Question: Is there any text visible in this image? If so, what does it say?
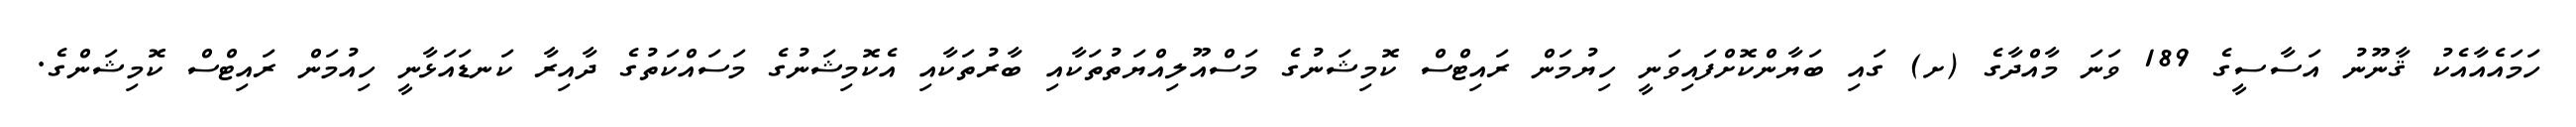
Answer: ހަމައެއާއެކު ޤާނޫނު އަސާސީގެ 189 ވަނަ މާއްދާގެ (ށ) ގައި ބަޔާންކޮށްފައިވަނީ ހިޔުމަން ރައިޓްސް ކޮމިޝަނުގެ މަސްއޫލިއްޔަތުތަކާއި ބާރުތަކާއި އެކޮމިޝަނުގެ މަސައްކަތުގެ ދާއިރާ ކަނޑައަޅާނީ ހިއުމަން ރައިޓްސް ކޮމިޝަންގެ.